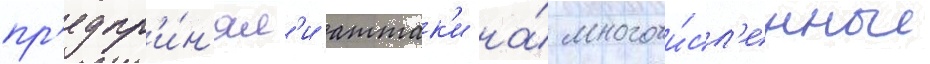
пр'едпр'и́н'ял'и аттак'и на́ многочи́сл'енные